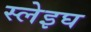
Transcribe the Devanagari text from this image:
स्लेइघ